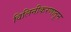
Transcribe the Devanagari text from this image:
विलिनीकरणातून